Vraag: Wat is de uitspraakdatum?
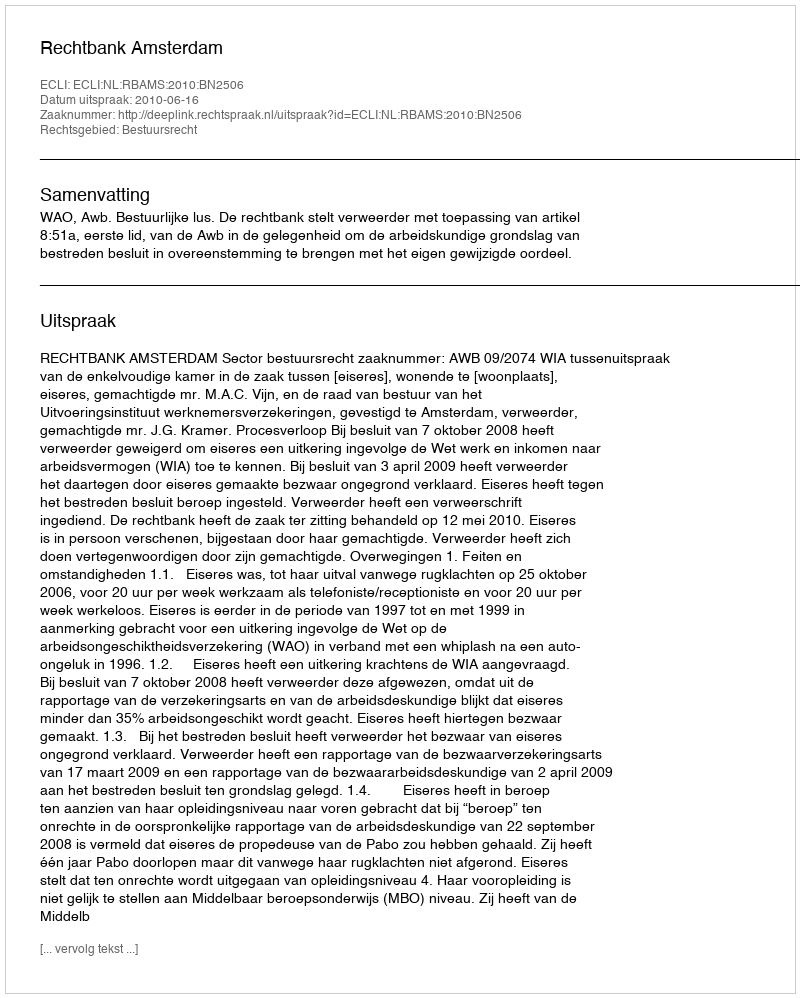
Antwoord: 2010-06-16